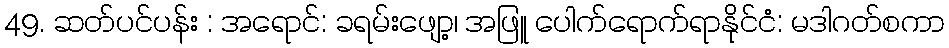
49. ဆတ်ပင်ပန်း : အရောင်: ခရမ်းဖျော့၊ အဖြူ ပေါက်ရောက်ရာနိုင်ငံ: မဒါဂတ်စကာ